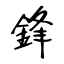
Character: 鋒